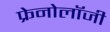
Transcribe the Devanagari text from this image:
फ्रेनोलॉजी